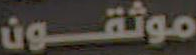
موثقون